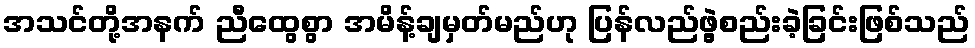
အသင်တို့အနက် ညီထွေစွာ အမိန့်ချမှတ်မည်ဟု ပြန်လည်ဖွဲ့စည်းခဲ့ခြင်းဖြစ်သည်